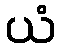
ယံ